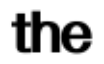
the